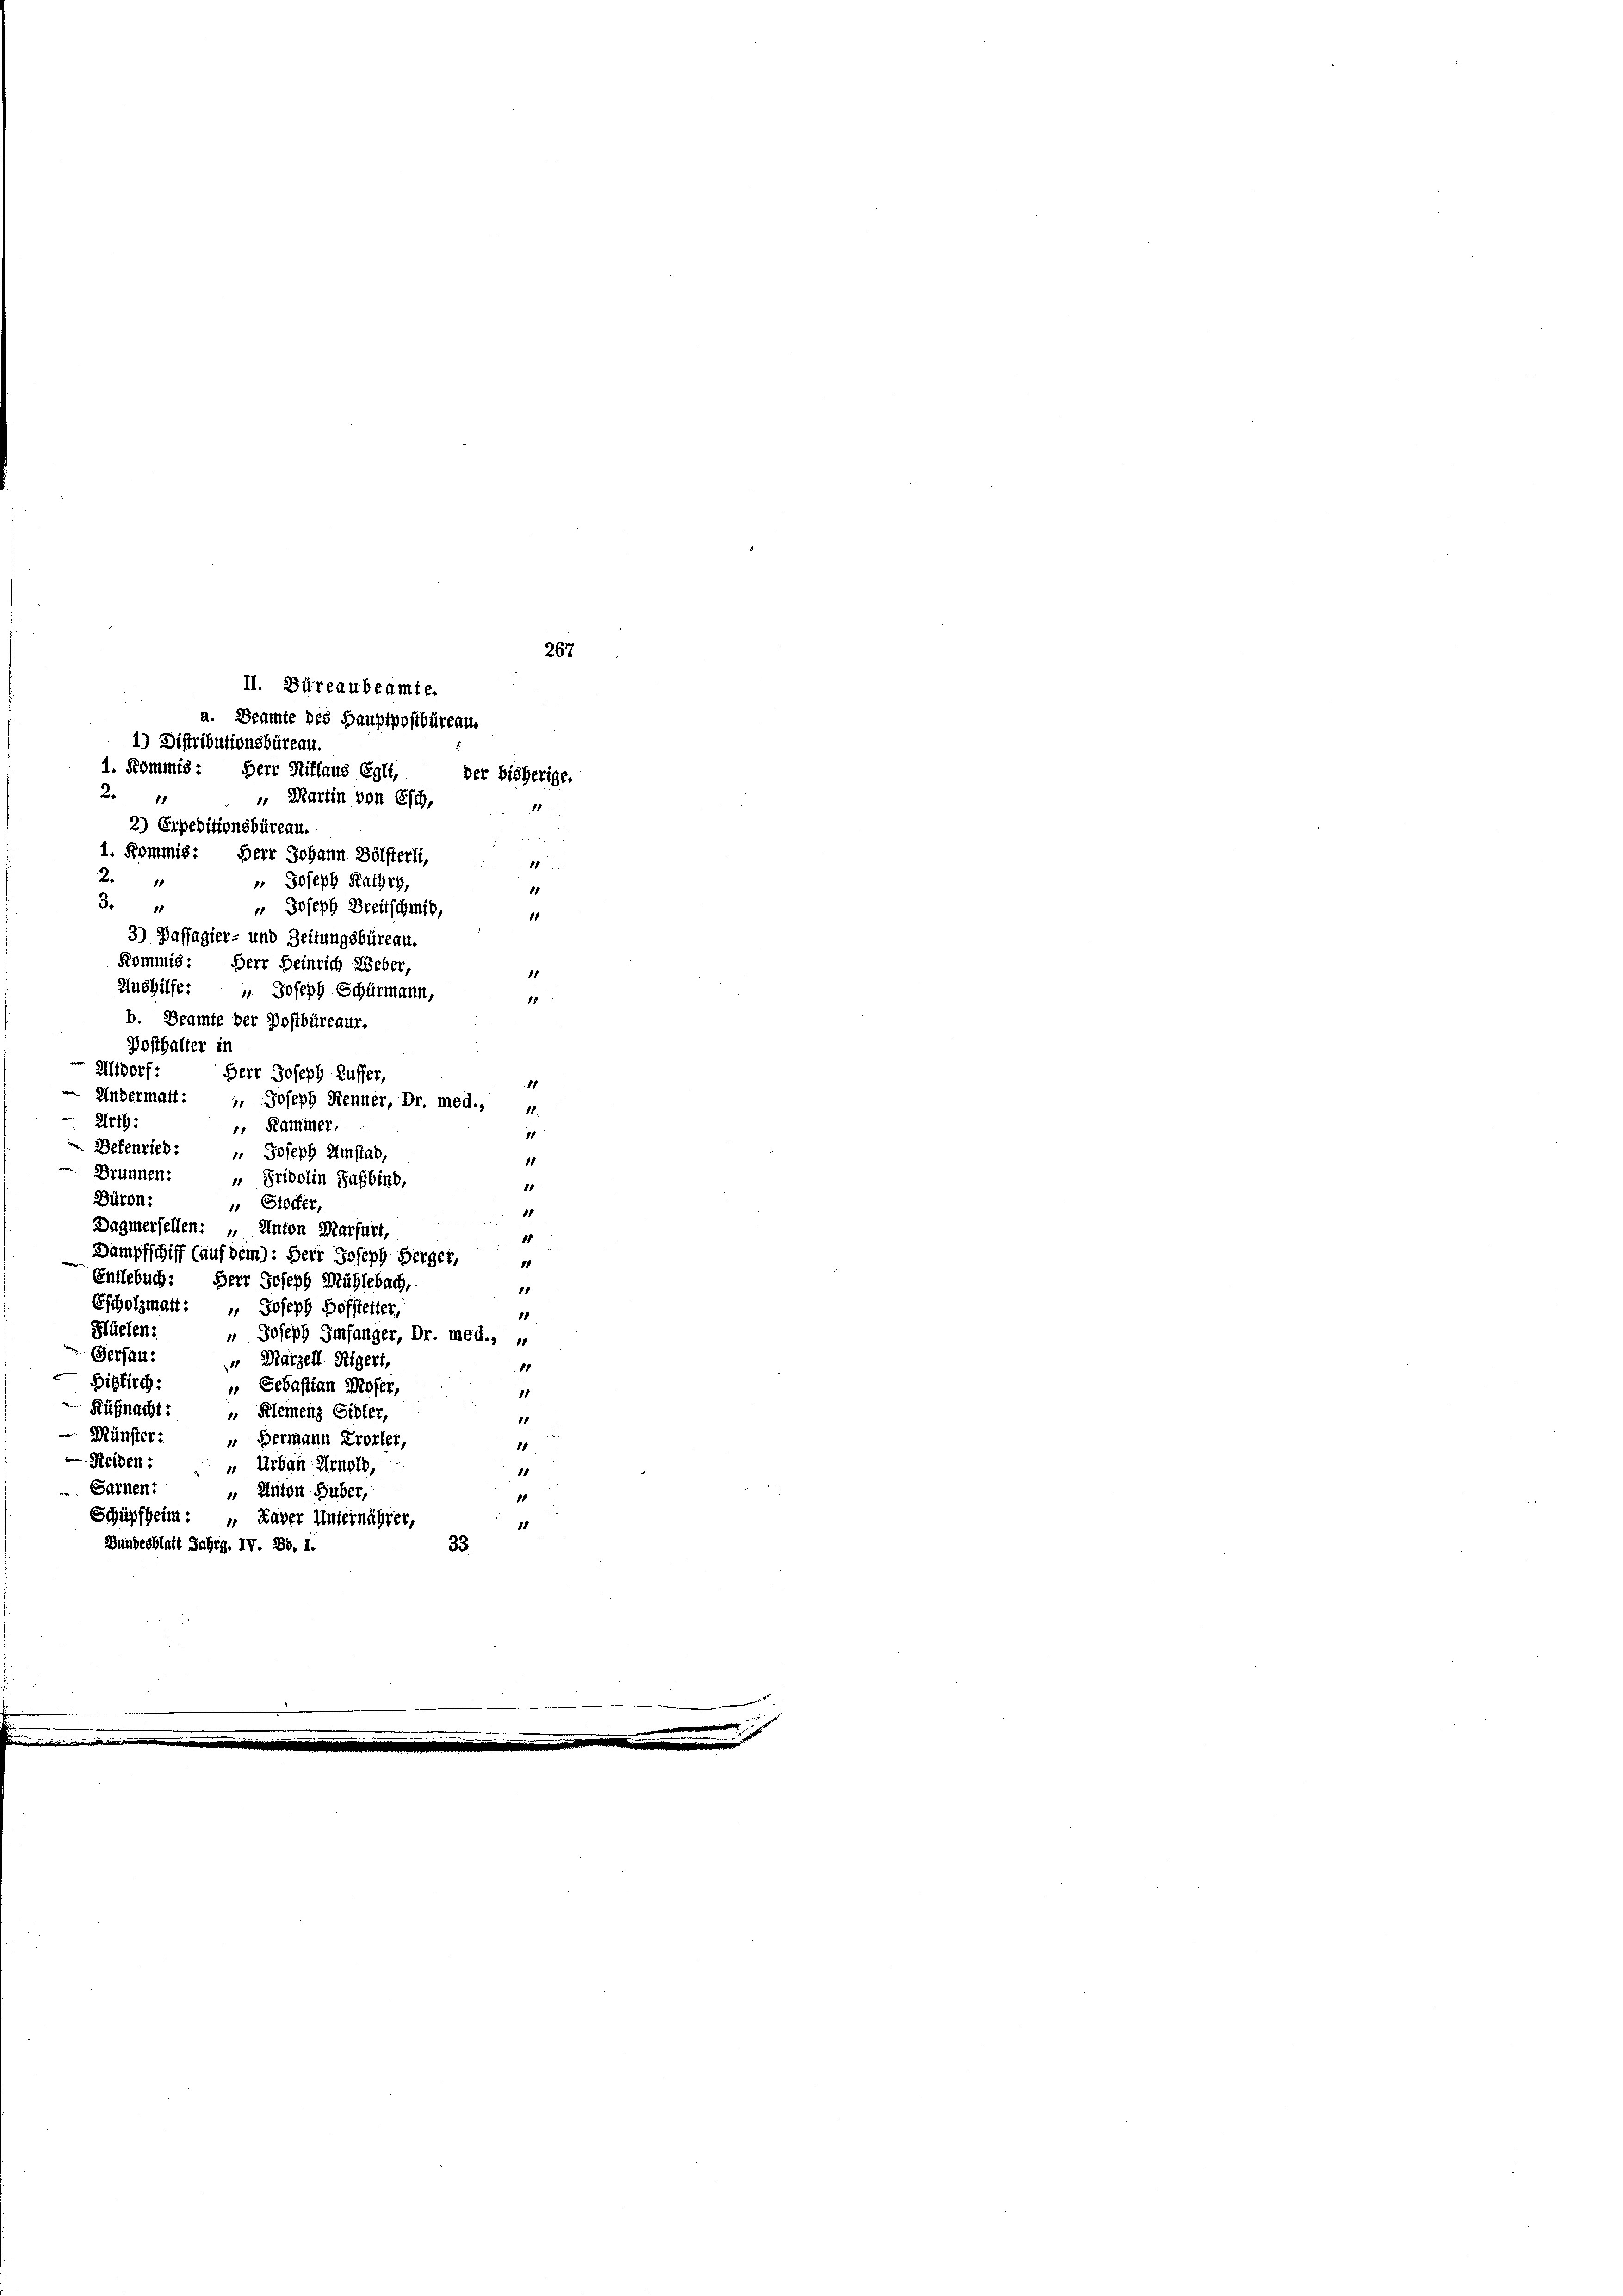
267
II. Büreaubeamte.
a. Beamte des Hauptpostbüreau.
1) Distributionsbüreau.
1. Kommis: Herr Hitlaus Egli,
der bisherige.
2
 Martin von Esch

2) Erpeditionsbüreau.
1. Kommis:
Herr Johann Bölsterli,
1
2.
 Joseph Kathry,
1
11
34
 Joseph Breitschmid,
3) Passagier- und Zeitungsbüreau.
Kommis: Herr Heinrich Weber,
Aushilfe: " Joseph Schürmann,
b. Beamte der Postbüreaur.
Posthalter in
Altdorf:
Herr Joseph Kuffer,
Andermatt: " Joseph Henner, Dr. med.,
Art:
. Kammer
 Defenrieb:
 Joseph Umstab,
Brunnen: " Fridolin Safbind,
8
Büron:
 Stoffer
Dagmerfellen: „Anton Marfurt,
Dampfschiff (auf dem): Herr Joseph Herger,
Entlebuch. Herr Joseph Mühlebach,
11
Escholzmatt: " Joseph Hofftetter,
18
Flüelen:
" Joseph Imfanger, Dr. med.,
Gersau:
 Märzell Rigert,
Biskirch:
„ Sebastian Moser,
18.
Rühnacht: " Klemenz Sidler,
1
Münster: " Hermann Probler,
1
Reigen: „ Urban Arnold,
18
Sarnen:
" Anton Huber,
1
Schüpfheim: „ Xaver Unternährer,
1
Bundesblatt Jahrg. IV. Bd. I.
33